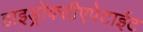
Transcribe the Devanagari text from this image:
हाइड्रोक्सीएपेटाईट